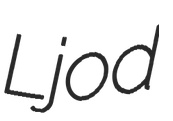
Ljod